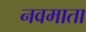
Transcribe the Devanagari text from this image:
नवमाता